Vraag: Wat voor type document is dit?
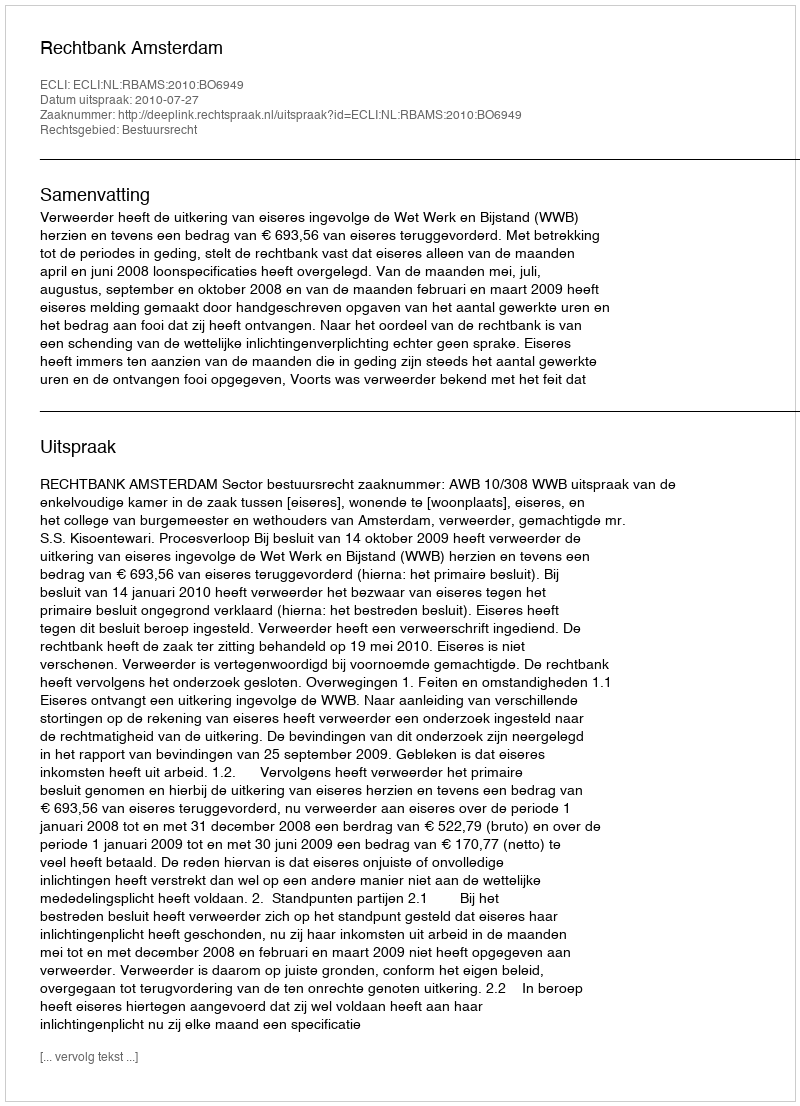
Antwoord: Uitspraak